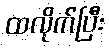
ထလိုက်ပြီး